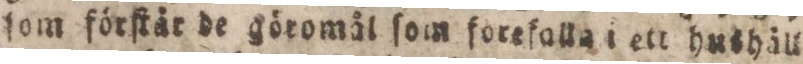
ſom förſtär de göromål ſom forefalla i ett hushåll